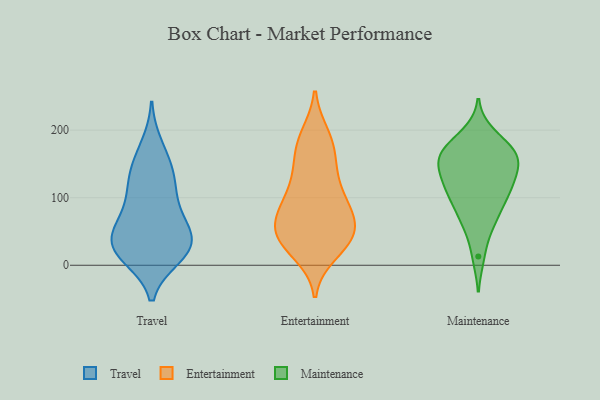
{"axis": {"x": "Shipments", "y": "Value"}, "legend": ["Entertainment", "Maintenance", "Travel"], "data": [{"x": "", "y": 147, "type": "Travel"}, {"x": "", "y": 38, "type": "Travel"}, {"x": "", "y": 13, "type": "Travel"}, {"x": "", "y": 61, "type": "Travel"}, {"x": "", "y": 67, "type": "Travel"}, {"x": "", "y": 102, "type": "Travel"}, {"x": "", "y": 177, "type": "Travel"}, {"x": "", "y": 15, "type": "Travel"}, {"x": "", "y": 108, "type": "Travel"}, {"x": "", "y": 59, "type": "Travel"}, {"x": "", "y": 33, "type": "Travel"}, {"x": "", "y": 23, "type": "Travel"}, {"x": "", "y": 35, "type": "Travel"}, {"x": "", "y": 20, "type": "Travel"}, {"x": "", "y": 122, "type": "Travel"}, {"x": "", "y": 145, "type": "Travel"}, {"x": "", "y": 81, "type": "Entertainment"}, {"x": "", "y": 160, "type": "Entertainment"}, {"x": "", "y": 97, "type": "Entertainment"}, {"x": "", "y": 52, "type": "Entertainment"}, {"x": "", "y": 144, "type": "Entertainment"}, {"x": "", "y": 192, "type": "Entertainment"}, {"x": "", "y": 18, "type": "Entertainment"}, {"x": "", "y": 31, "type": "Entertainment"}, {"x": "", "y": 46, "type": "Entertainment"}, {"x": "", "y": 53, "type": "Entertainment"}, {"x": "", "y": 35, "type": "Entertainment"}, {"x": "", "y": 189, "type": "Entertainment"}, {"x": "", "y": 50, "type": "Entertainment"}, {"x": "", "y": 107, "type": "Entertainment"}, {"x": "", "y": 130, "type": "Entertainment"}, {"x": "", "y": 72, "type": "Entertainment"}, {"x": "", "y": 72, "type": "Entertainment"}, {"x": "", "y": 31, "type": "Entertainment"}, {"x": "", "y": 175, "type": "Entertainment"}, {"x": "", "y": 98, "type": "Entertainment"}, {"x": "", "y": 113, "type": "Maintenance"}, {"x": "", "y": 152, "type": "Maintenance"}, {"x": "", "y": 108, "type": "Maintenance"}, {"x": "", "y": 124, "type": "Maintenance"}, {"x": "", "y": 152, "type": "Maintenance"}, {"x": "", "y": 162, "type": "Maintenance"}, {"x": "", "y": 145, "type": "Maintenance"}, {"x": "", "y": 71, "type": "Maintenance"}, {"x": "", "y": 167, "type": "Maintenance"}, {"x": "", "y": 176, "type": "Maintenance"}, {"x": "", "y": 103, "type": "Maintenance"}, {"x": "", "y": 150, "type": "Maintenance"}, {"x": "", "y": 13, "type": "Maintenance"}, {"x": "", "y": 194, "type": "Maintenance"}, {"x": "", "y": 75, "type": "Maintenance"}, {"x": "", "y": 113, "type": "Maintenance"}, {"x": "", "y": 177, "type": "Maintenance"}, {"x": "", "y": 55, "type": "Maintenance"}]}